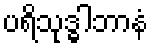
ပရိသုဒ္ဓါဘာနံ